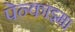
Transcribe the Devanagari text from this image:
पेन्काइमा